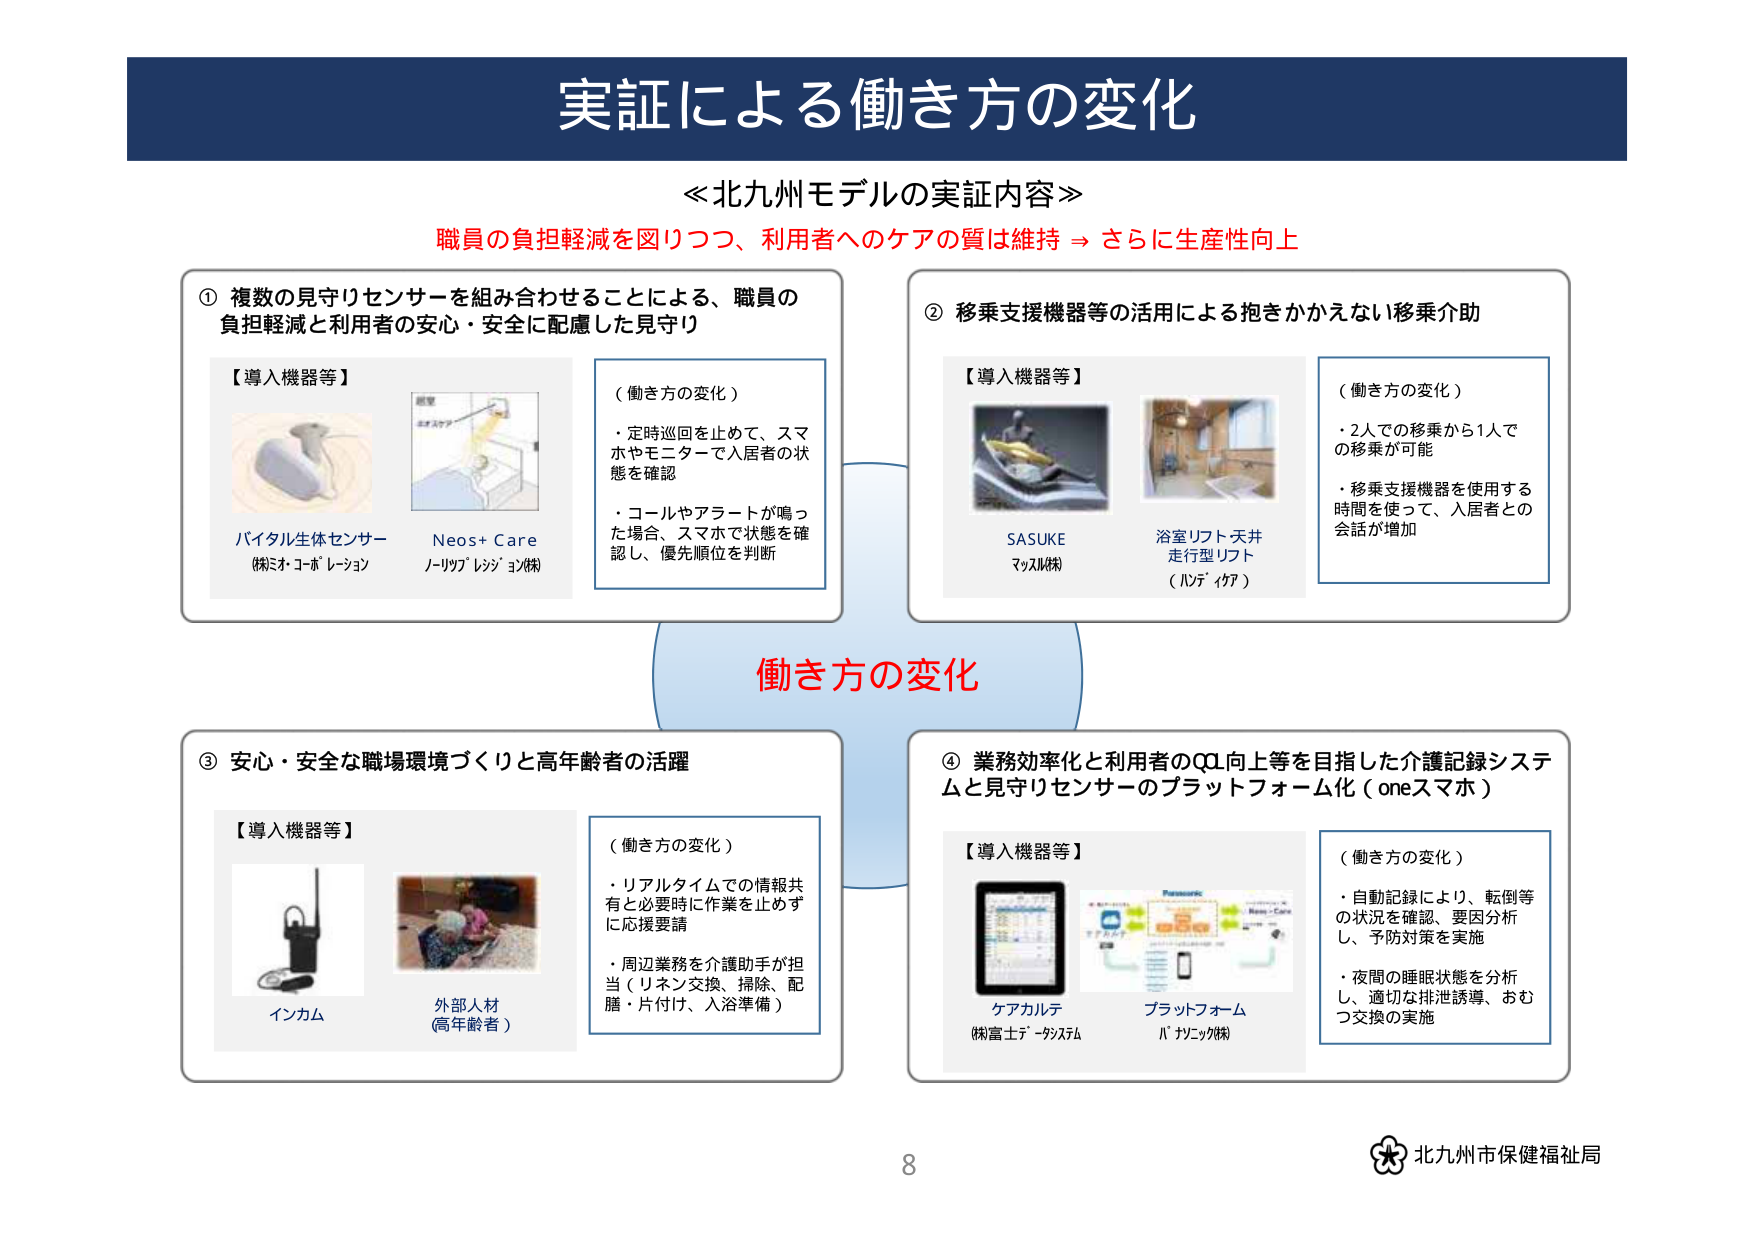
実証による働き方の変化

≪北九州モデルの実証内容≫
職員の負担軽減を図りつつ、利用者へのケアの質は維持 → さらに生産性向上

① 複数の見守りセンサーを組み合わせることによる、職員の
負担軽減と利用者の安心・安全に配慮した見守り

【導入機器等】
バタル生体センサー
(株)ミネ・コ・ポレーション
Neos+ Care
ノーリツアブレジジョン(株)

（働き方の変化）
・定時巡回を止めて、スマホやモニターで入居者の状態を確認
・コールやアラートが鳴った場合、スマホで状態を確認し、優先順位を判断

② 移乗支援機器等の活用による抱きかかえない移乗介助

【導入機器等】
SASUKE
マツスル(株)
浴室リフト天井
走行型リフト
（ハンディケア）

（働き方の変化）
・2人での移乗から1人での移乗が可能
・移乗支援機器を使用する時間を使って、入居者との会話が増加

働き方の変化

③ 安心・安全な職場環境づくりと高年齢者の活躍

【導入機器等】
インカム
外部人材
(高年齢者)

（働き方の変化）
・リアルタイムでの情報共有と必要時に作業を止めずに応援要請
・周辺業務を介護助手が担当（リネン交換、掃除、配膳・片付け、入浴準備）

④ 業務効率化と利用者のQOL向上等を目指した介護記録システムと見守りセンサーのプラットフォーム化（oneスマホ）

【導入機器等】
ケアカルテ
(株)富士デーダシステム
プラットフォーム
パナソニック(株)

（働き方の変化）
・自動記録により、転倒等の状況を確認、要因分析し、予防対策を実施
・夜間の睡眠状態を分析し、適切な排泄誘導、おむつ交換の実施

8
北九州市保健福祉局